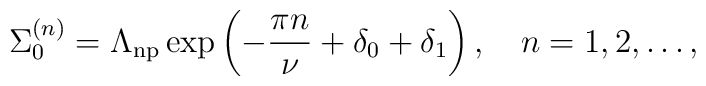
\Sigma_0^{(n)}=\Lambda_{\rm np}\exp\left(-\frac{\pi n}{\nu}+\delta_0+\delta_1\right),\quad n=1,2,\dots ,